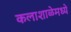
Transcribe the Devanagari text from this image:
कलाशाळेमध्ये